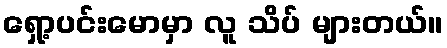
ရှော့ပင်းမောမှာ လူ သိပ် များတယ်။